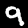
Label: 9